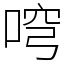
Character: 𠶥